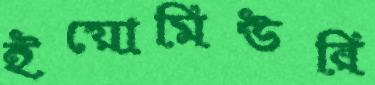
ইয়োমিউরি